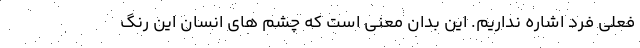
فعلی فرد اشاره نداریم. این بدان معنی است که چشم های انسان این رنگ